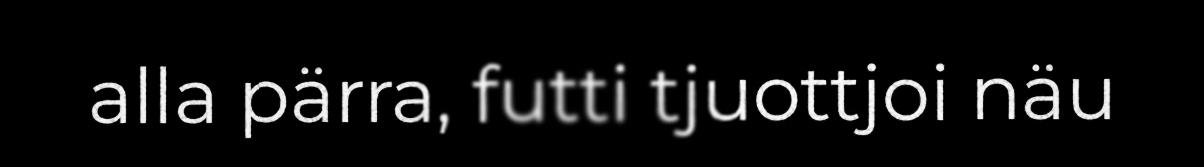
alla pärra, futti tjuottjoi näu